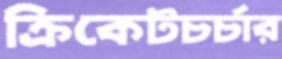
ক্রিকেটচর্চার